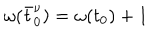
LaTeX: \omega ( \bar { t } _ { 0 } ^ { \nu } ) = \omega ( t _ { 0 } ) + 1